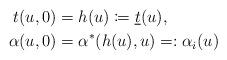
LaTeX: \begin{align*} t(u,0)&=h(u)\coloneqq \underline{t}(u),\\ \alpha(u,0)&=\alpha^\ast(h(u),u)=:\alpha_i(u)\end{align*}